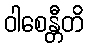
ဝါစေန္တီတိ